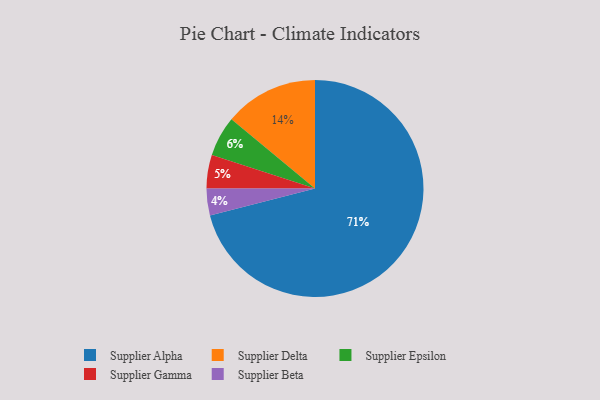
{"axis": {"x": "Category", "y": "Percentage"}, "legend": ["Supplier Alpha", "Supplier Beta", "Supplier Delta", "Supplier Epsilon", "Supplier Gamma"], "data": [{"x": "Supplier Gamma", "y": 5, "type": "Supplier Gamma"}, {"x": "Supplier Epsilon", "y": 6, "type": "Supplier Epsilon"}, {"x": "Supplier Delta", "y": 14, "type": "Supplier Delta"}, {"x": "Supplier Beta", "y": 4, "type": "Supplier Beta"}, {"x": "Supplier Alpha", "y": 71, "type": "Supplier Alpha"}]}